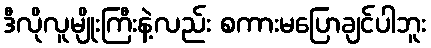
ဒီလိုလူမျိုးကြီးနဲ့လည်း စကားမပြောချင်ပါဘူး